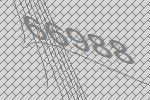
66988